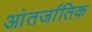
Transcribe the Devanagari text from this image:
आंतर्जातिक